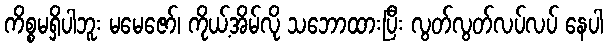
ကိစ္စမရှိပါဘူး မမေဇော်၊ ကိုယ့်အိမ်လို သဘောထားပြီး လွတ်လွတ်လပ်လပ် နေပါ